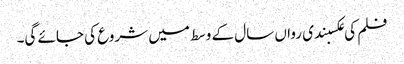
فلم کی عکسبندی رواں سال کے وسط میں شروع کی جائے گی۔